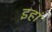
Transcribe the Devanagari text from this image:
इहां